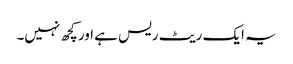
یہ ایک ریٹ ریس ہے اور کچھ نہیں۔